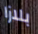
بلازا